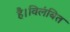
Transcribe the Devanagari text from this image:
है।विलंबित